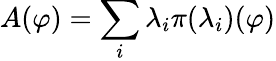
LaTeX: A(\varphi)=\sum_{i}\lambda_{i}\pi({\lambda_{i}})(\varphi)